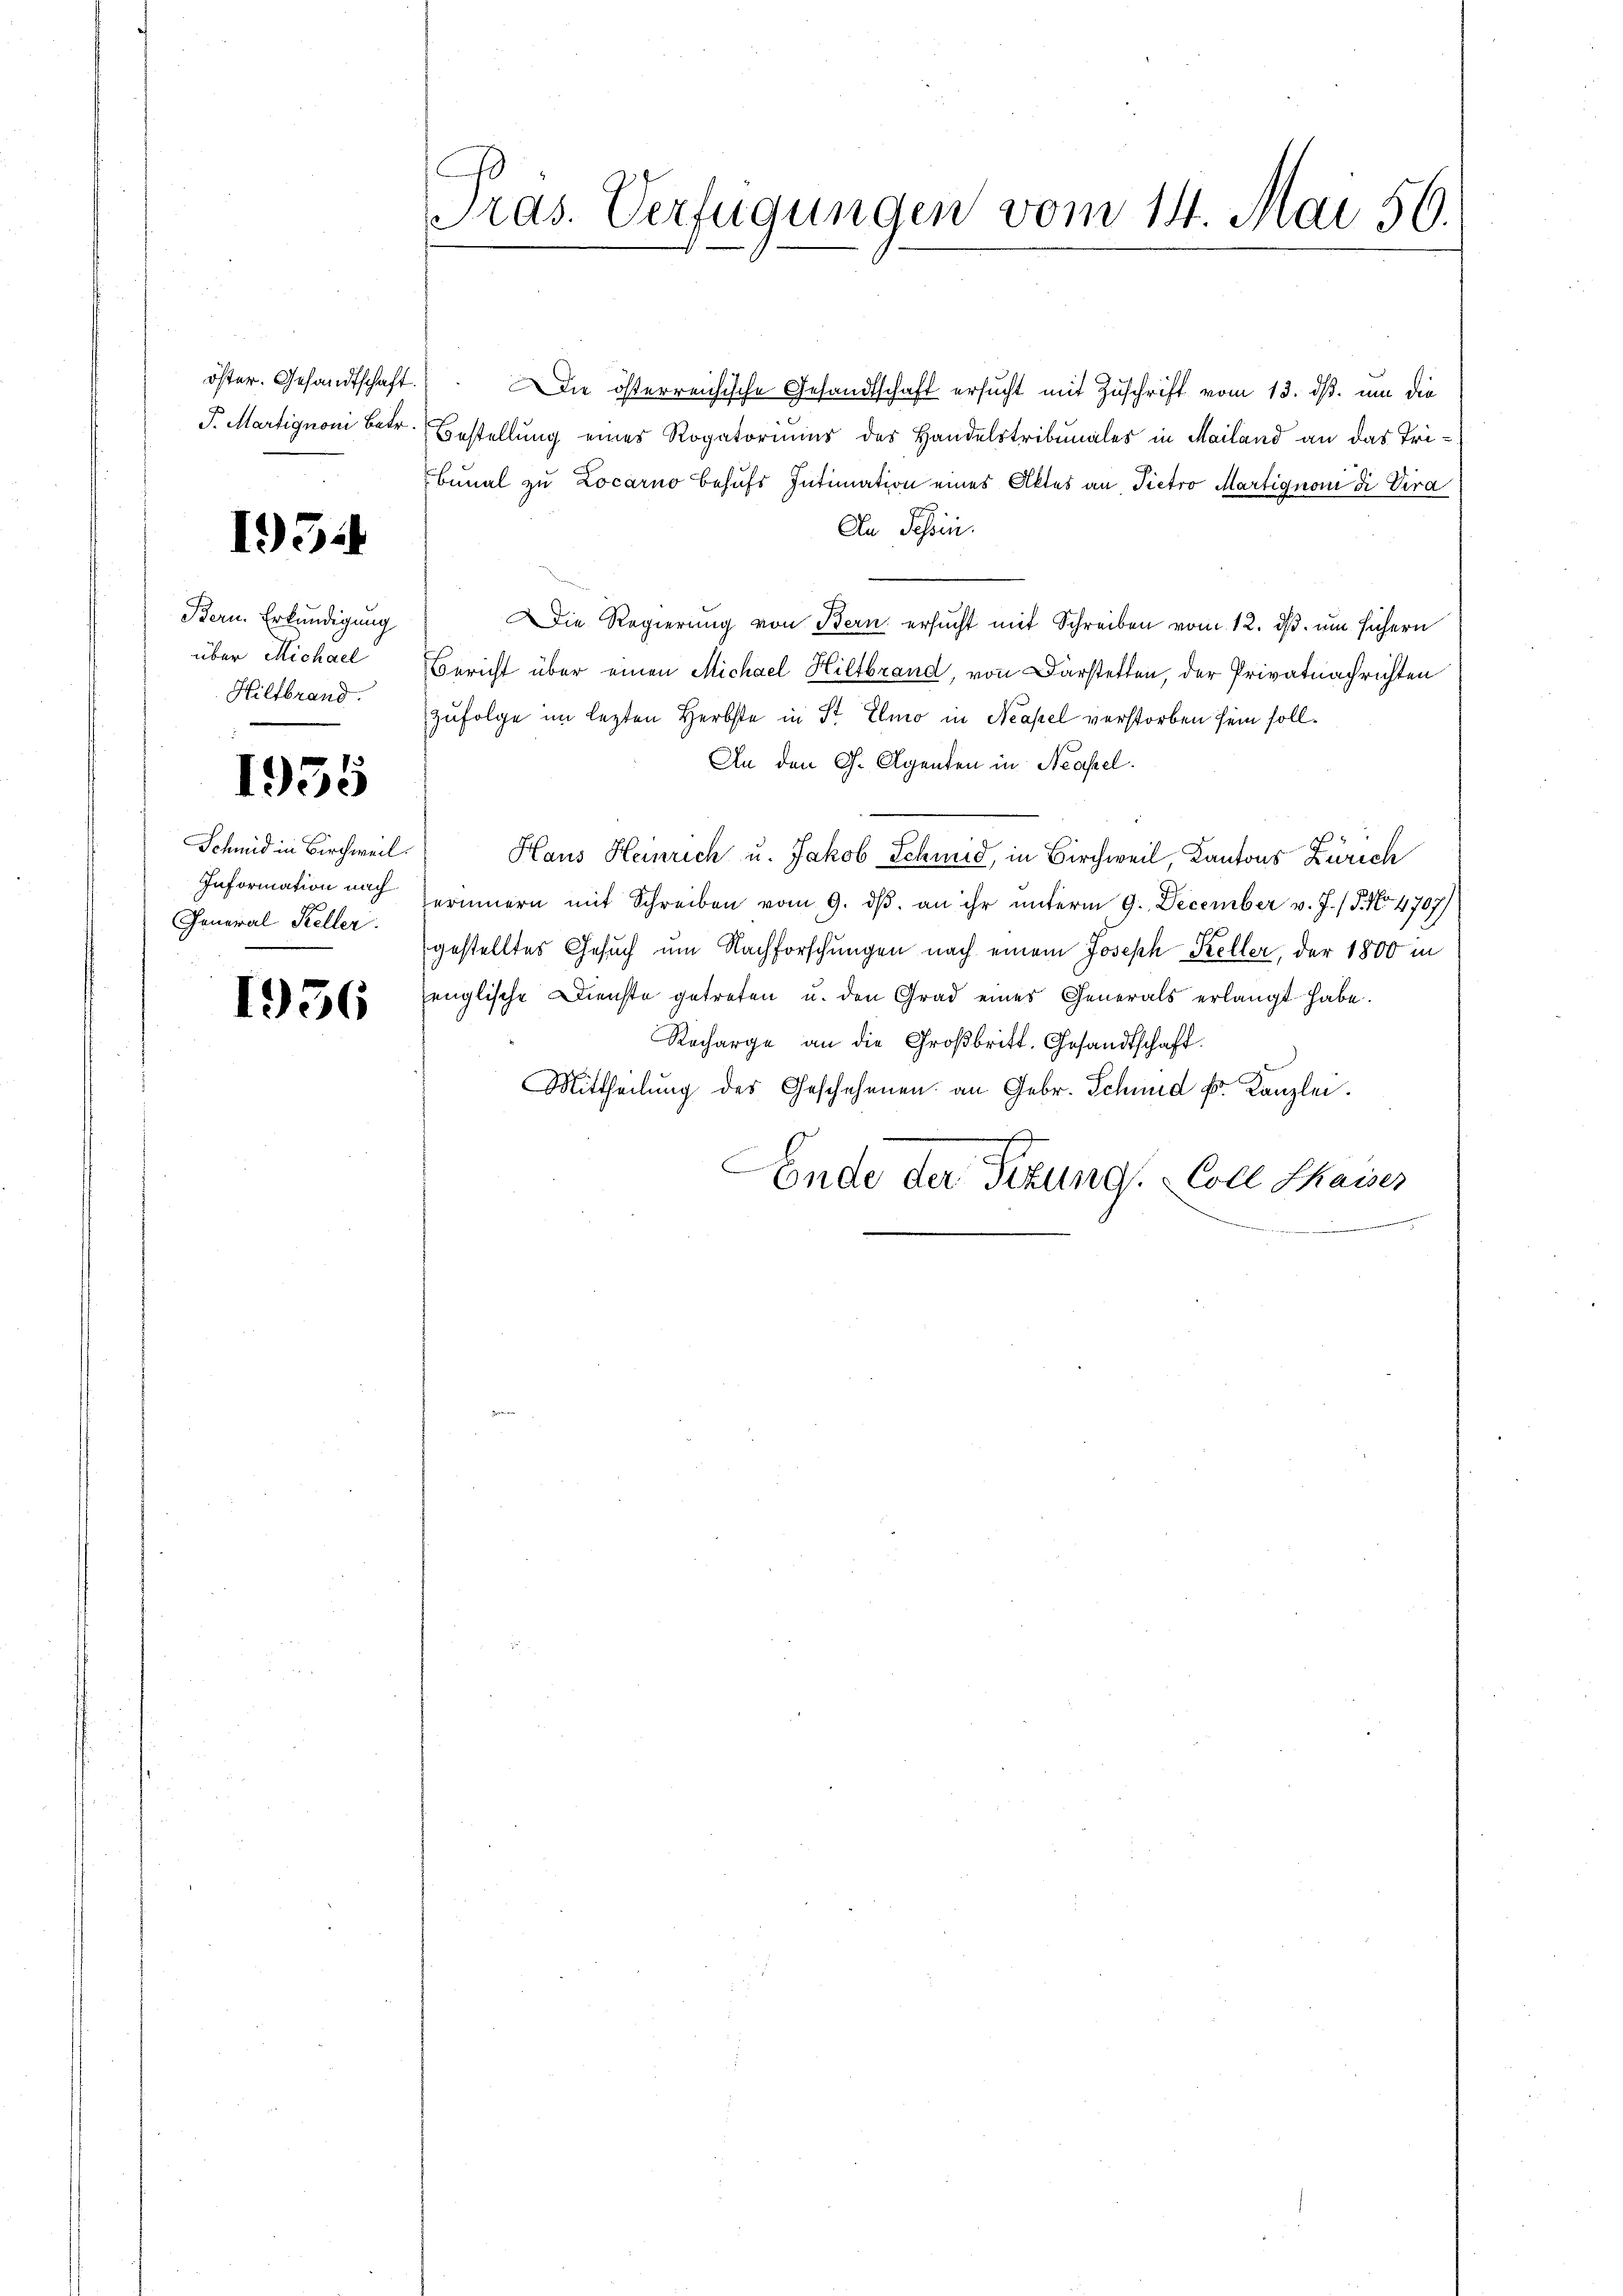
öster. Gesandtschaft
J. Martignon Betr.

195.

Bern. Erkundigung
über Michael
Hillbrand.

1935

Schmid in Birchweil
Information nach
General Keller.

1956

Pras. Verfügungen vom 14. Mai 56.

Die österreichische Gesandtschaft ersucht mit Zuschrift vom 13. ds. um die
Bestellung eines Rogatoriums des Handelstribunales in Mailand an das Tribunal zu Locarno behufs Intimation eines Aktes an Pietro Martignoni di Vira
An Tessin.
Die Regierung von Bern ersucht mit Schreiben vom 12. ds. um sichern
Bericht über einen Michael Hiltbrand, von Darstetten, der Privatnachrichten
zufolge im lezten Herbste in St. Elmo in Neapel verstorben sein soll¬
An den G. Agenten in Neapel.
Haus Heinrich u. Jakob Schmid, in Birchweil, Kantons Zürich
erinnern mit Schreiben vom 9. dβ an ihr unterm 9. December v. J. 18. No 4707)
gestelltes Gesuch um Nachforschungen nach einem Joseph Keller, der 1800 in
englische Dienste getreten u. den Grad eines Generals erlangt habe.
Recharge an die Großbritt. Gesandtschaft.
Mittheilŭng des Geschehenen an Gebr. Schmid k. Kanzlei.
Conde der Fizung. Coll Shaiser
e